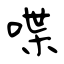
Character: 喋